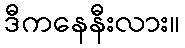
ဒီကနေနီးလား။